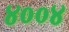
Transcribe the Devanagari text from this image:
४००४